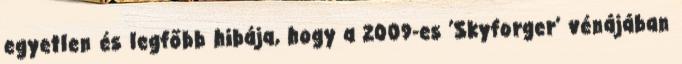
egyetlen és legfőbb hibája, hogy a 2009-es ’Skyforger’ vénájában